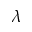
\lambda